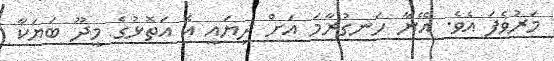
މަރުވެފަ އެވެ. އޭނާ ހަނގުރާމަ އަށް ދިޔައީ އެ އަތޮޅުގެ މީދޫ ބަޔަކާ